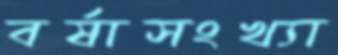
বর্ষাসংখ্যা